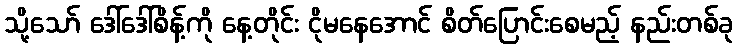
သို့သော် ဒေါ်ဒေါ်စိန့်ကို နေ့တိုင်း ငိုမနေအောင် စိတ်ပြောင်းစေမည့် နည်းတစ်ခု